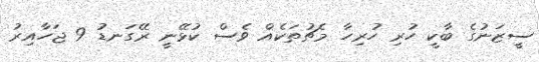
ސީޒަނުގެ ބާކީ ހުރި ހުރިހާ މެޗުތަކެއް ވެސް ކުޅޭނީ ރޭގަނޑު 9 ޖަހާއިރު